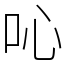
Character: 吣